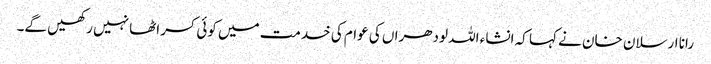
رانا ارسلان خان نے کہا کہ انشاء اللہ لودھراں کی عوام کی خدمت میں کوئی کسر اٹھا نہیں رکھیں گے۔